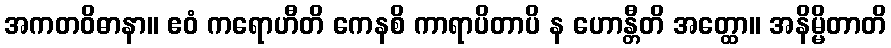
အကတဝိဓာနာ။ ဧဝံ ကရောဟီတိ ကေနစိ ကာရာပိတာပိ န ဟောန္တီတိ အတ္ထော။ အနိမ္မိတာတိ